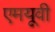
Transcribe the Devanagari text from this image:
एमयूवी